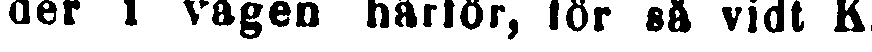
der i vägen härför, för så vidt K.